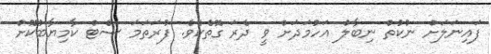
ފައިނަލަށް ނުކުތް ނިބާލް އަހުމަދަށް ވީ ދެރަ ގޮތެކެވެ. ފުރަތަމަ ސެޓް ކާމިޔާބުކޮށް